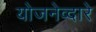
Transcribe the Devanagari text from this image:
योजनेव्दारे